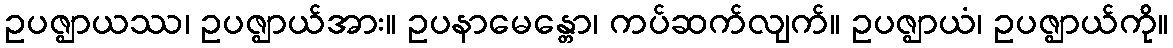
ဥပဇ္ဈာယဿ၊ ဥပဇ္ဈာယ်အား။ ဥပနာမေန္တော၊ ကပ်ဆက်လျက်။ ဥပဇ္ဈာယံ၊ ဥပဇ္ဈာယ်ကို။